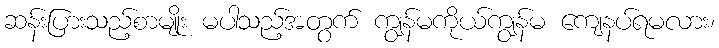
ဆန်းပြားသည့်စာမျိုး မပါသည့်အတွက် ကျွန်မကိုယ်ကျွန်မ ကျေနပ်ရမလား၊